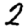
Digit: 2